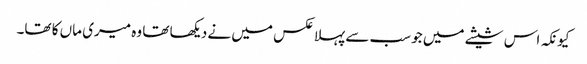
کیونکہ اس شیشے میں جو سب سے پہلا عکس میں نے دیکھا تھا وہ میری ماں کا تھا۔